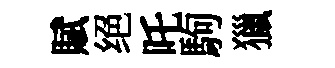
賦绝吒駒獵